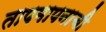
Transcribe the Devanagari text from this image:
तापमापनाची